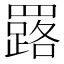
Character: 𦌕